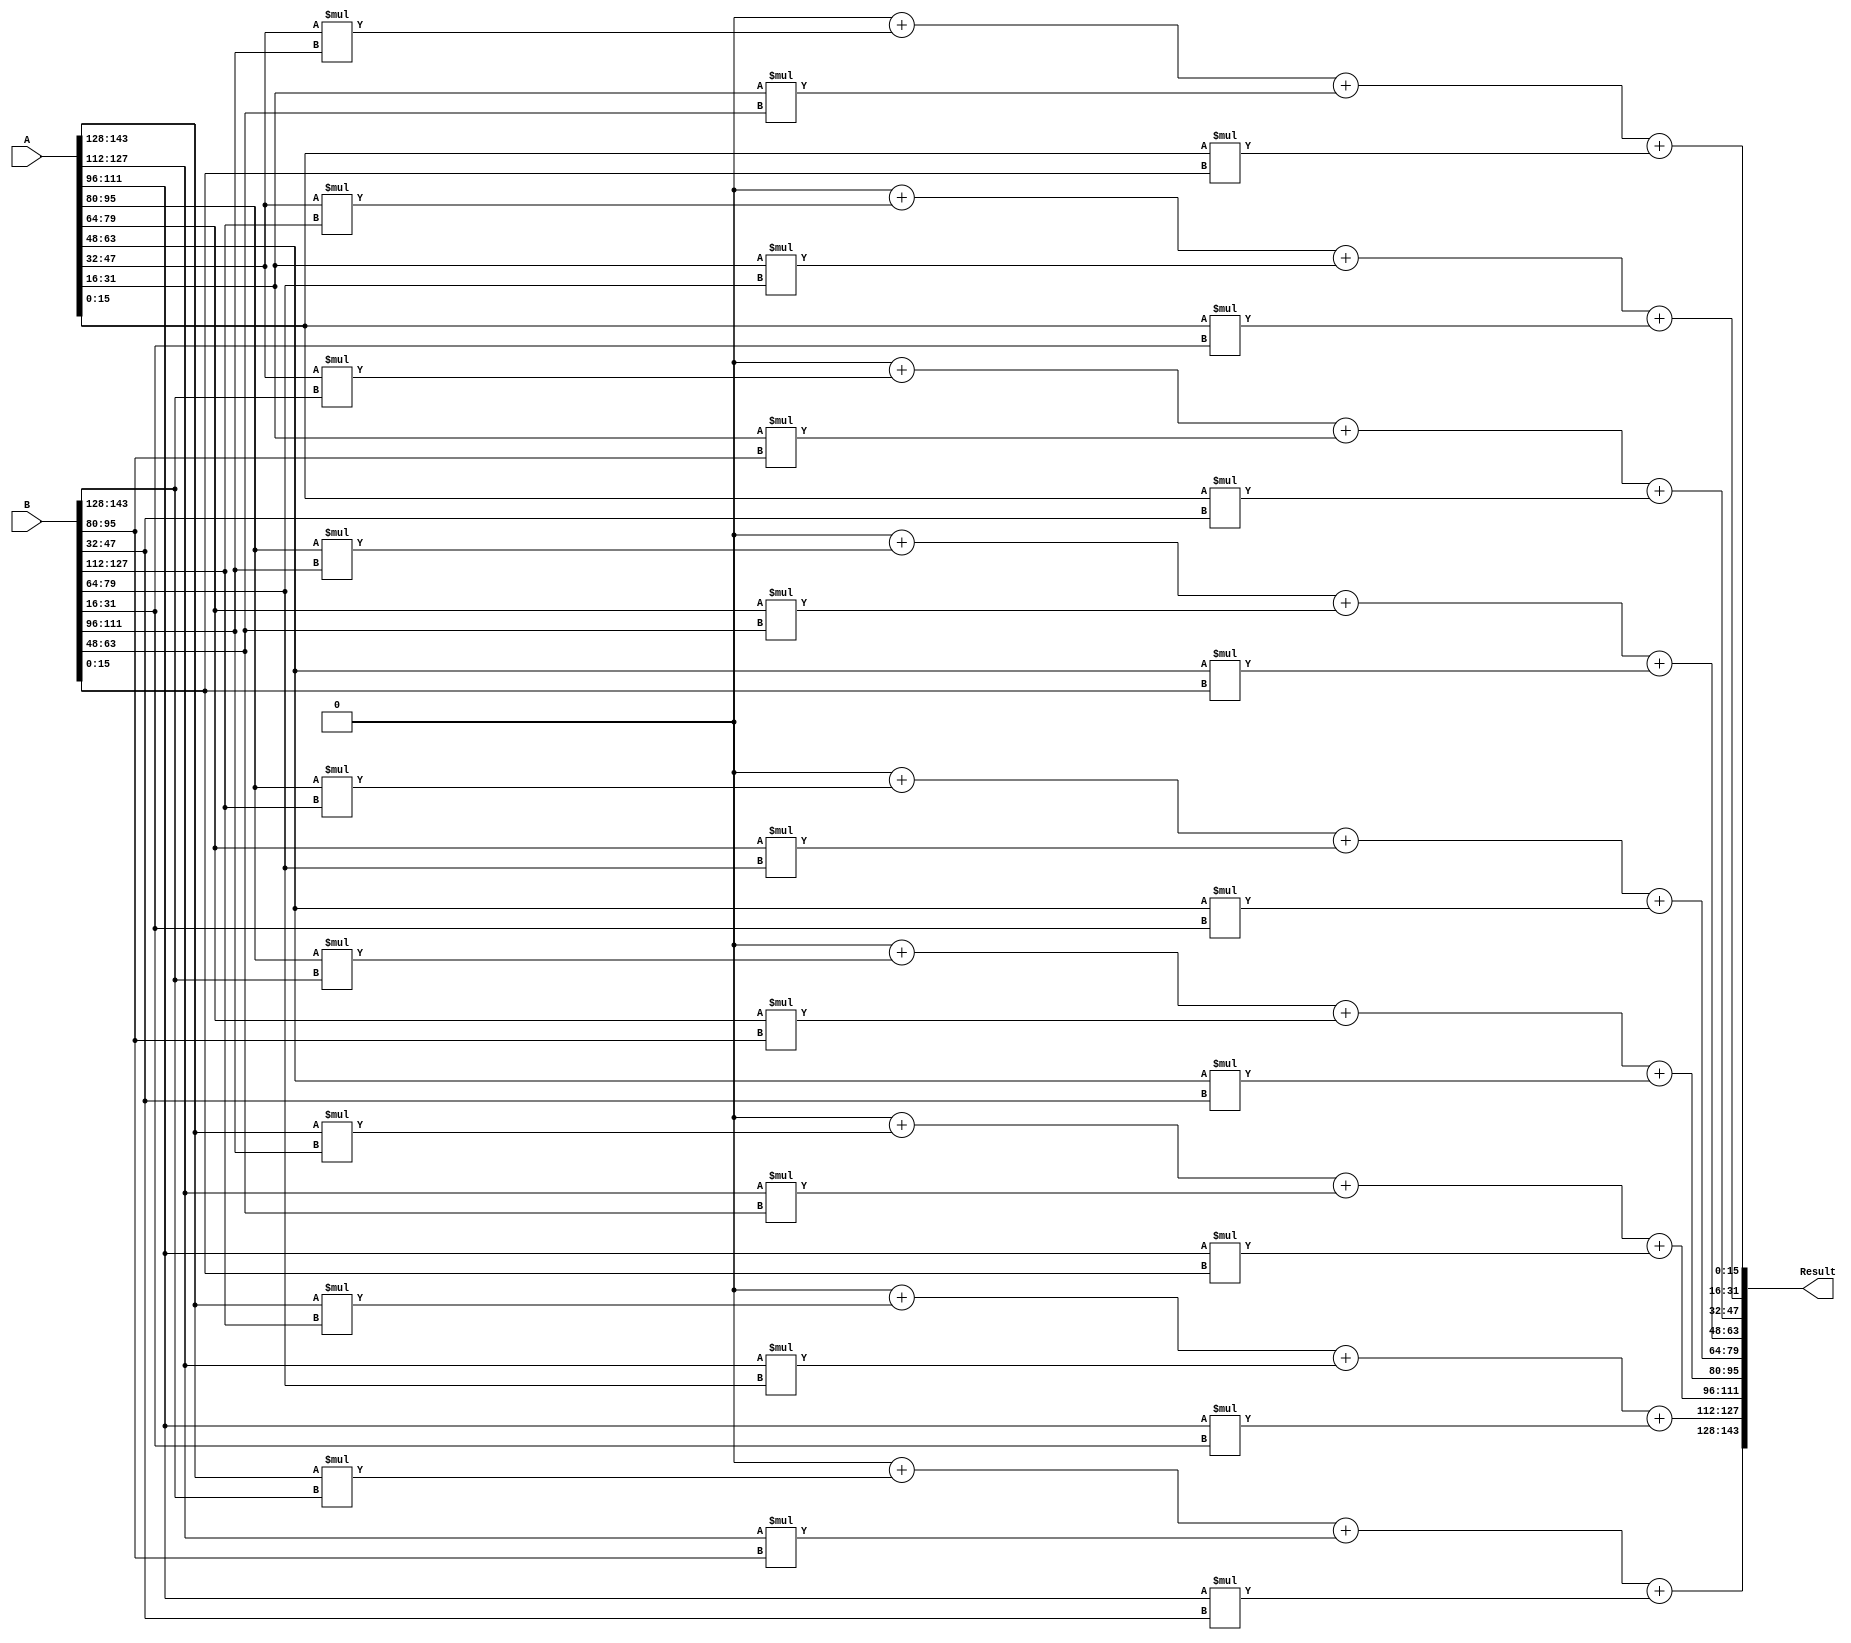
`timescale 1ns / 1ps
//////////////////////////////////////////////////////////////////////////////////
// Company: 
// 
// Design Name: 
// Module Name:    Calculator 
// Project Name: 
// Target Devices: 
// Tool versions: 
// Description: 
//
// Dependencies: 
//
// Revision: 
// Revision 0.01 - File Created
// Additional Comments: 
//
//////////////////////////////////////////////////////////////////////////////////
module Calculator(A,B,Result);

	input [143:0] A;
	input [143:0] B;
	output [143:0] Result;
	
	reg [143:0] Result;
	reg [15:0] A1 [0:2][0:2];
	reg [15:0] B1 [0:2][0:2];
	reg [15:0] Res1 [0:2][0:2];
	
	integer i,j,k;
	
	always@ (A or B)
	begin
		//We convert the 1D arrays into 2D
		{A1[0][0],A1[0][1],A1[0][2],A1[1][0],A1[1][1],A1[1][2],A1[2][0],A1[2][1],A1[2][2]} = A;
		{B1[0][0],B1[0][1],B1[0][2],B1[1][0],B1[1][1],B1[1][2],B1[2][0],B1[2][1],B1[2][2]} = B;
		{Res1[0][0],Res1[0][1],Res1[0][2],Res1[1][0],Res1[1][1],Res1[1][2],Res1[2][0],Res1[2][1],Res1[2][2]} = 144'd0;
		
		i=0; j=0; k=0;
		
		//$display ("Multiplying");
		
		for(i=0;i<3;i=i+1)
		begin
			for(j=0;j<3;j=j+1)
			begin
				for(k=0;k<3;k=k+1)
				begin
					Res1[i][j]=Res1[i][j]+ (A1[i][k]*B1[k][j]);
				end
			end
		end
		
		Result = {Res1[0][0],Res1[0][1],Res1[0][2],Res1[1][0],Res1[1][1],Res1[1][2],Res1[2][0],Res1[2][1],Res1[2][2]};
	end

endmodule